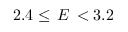
2 . 4 \leq \, E \, < 3 . 2